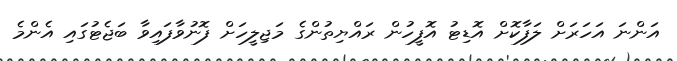
އަންނަ އަހަރަށް ލަފާކޮށް އޮޑިޓު އޮފީހުން ރައްޔިތުންގެ މަޖިލީހަށް ފޮނުވާފައިވާ ބަޖެޓުގައި އެންމެ